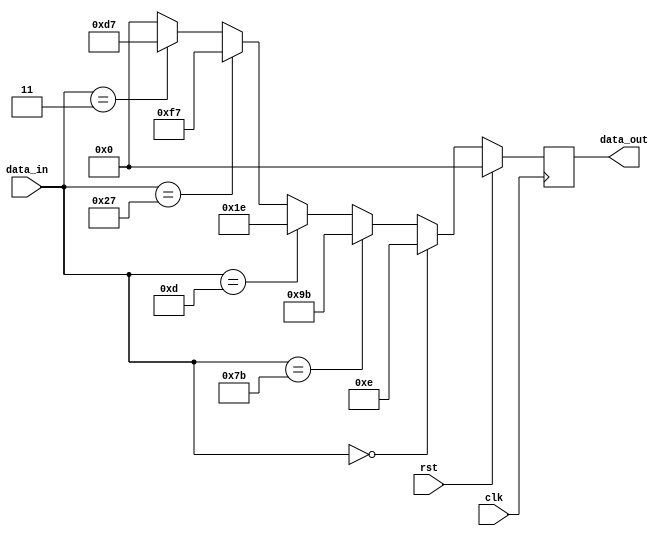
module encoder_8 
(
input clk,
input rst,
input [7:0] data_in,
output reg [7:0] data_out
);

reg [7:0 ] data_out_wire;

always@(posedge clk)
begin 
if(rst)
data_out<=0;
else
data_out<=data_out_wire;
end


always@(*)
begin

if (data_in==8'd0)
data_out_wire=8'd14;
else
if (data_in==8'd123)
data_out_wire=~8'd100;
else
if (data_in==8'd13)
data_out_wire=8'd23 + 8'b00000111;
else
if (data_in==8'd10023)
data_out_wire=8'd23 - 8'b00100000;
else
if (data_in==8'd3)
data_out_wire=~8'd40;
else
data_out_wire=0;
end


endmodule